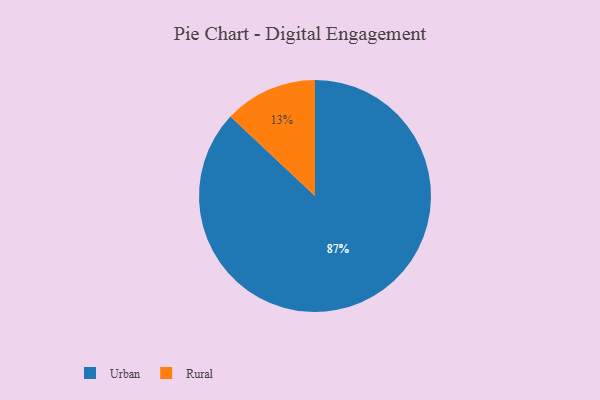
{"axis": {"x": "Category", "y": "Percentage"}, "legend": ["Rural", "Urban"], "data": [{"x": "Rural", "y": 13, "type": "Rural"}, {"x": "Urban", "y": 87, "type": "Urban"}]}